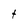
Character: t